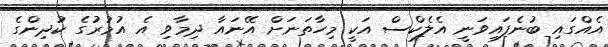
އެއްގައި ބުނެފައިވަނީ އެލެކްސް އަކީ މިހާތަނަށް އޭނައާ ދިމާވި އެ އުމުރުގެ ކުދިންގެ